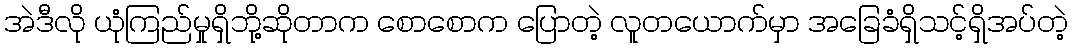
အဲဒီလို ယုံကြည်မှုရှိဘို့ဆိုတာက စောစောက ပြောတဲ့ လူတယောက်မှာ အခြေခံရှိသင့်ရှိအပ်တဲ့